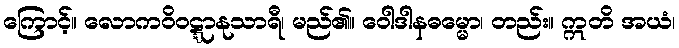
ကြောင့်။ လောကဝိဝဋ္ဋာနုသာရီ၊ မည်၏။ ဝေါဒါနဓမ္မော၊ တည်း။ ဣတိ အယံ၊